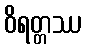
ဝိရတ္တဿ